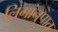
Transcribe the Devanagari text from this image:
लिगांनुपात